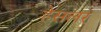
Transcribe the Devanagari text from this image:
हेसलर